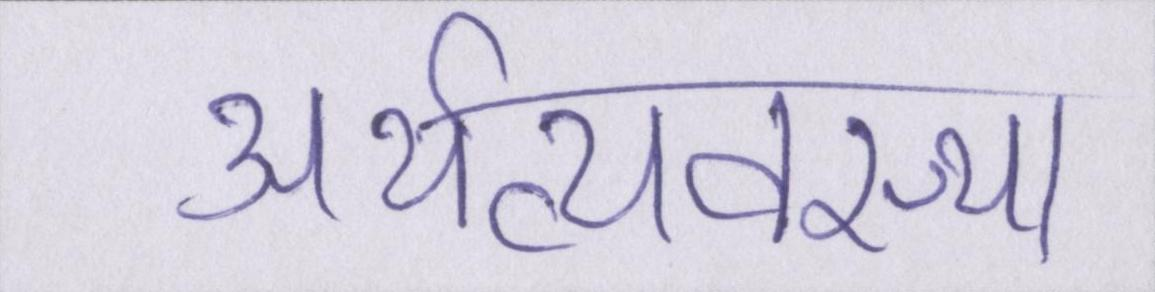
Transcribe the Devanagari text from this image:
अर्थव्यवस्था